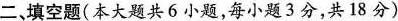
二、填空题(本大题共6小题，每小题3分，共18分)